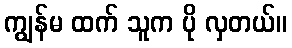
ကျွန်မ ထက် သူက ပို လှတယ်။